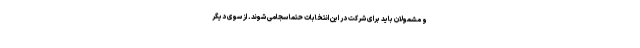
و مشمولان باید برای شرکت در این انتخابات حتما سجامی شوند. از سوی دیگر